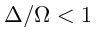
\Delta / \Omega < 1